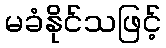
မခံနိုင်သဖြင့်